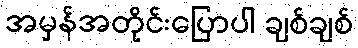
အမှန်အတိုင်းပြောပါ ချစ်ချစ်